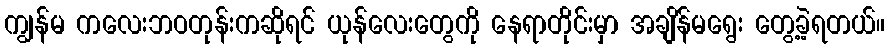
ကျွန်မ ကလေးဘဝတုန်းကဆိုရင် ယုန်လေးတွေကို နေရာတိုင်းမှာ အချိန်မရွေး တွေ့ခဲ့ရတယ်။